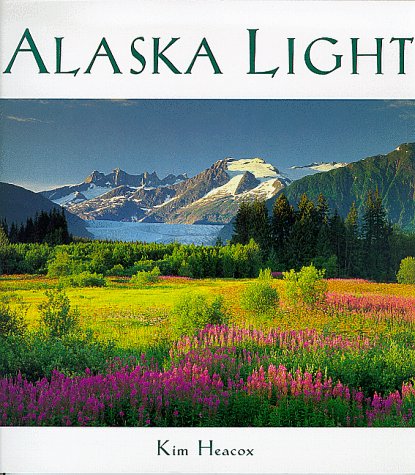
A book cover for Alaska Light: Ideas and Images from a Northern Land; Kim Heacox; Travel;